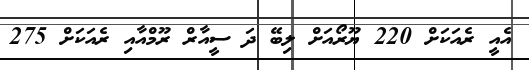
އެއީ ރެއަކަށް 220 ޔޫރޯއަށް ލިބޭ ދަ ސީއާރް ރޫމްއާއި ރެއަކަށް 275